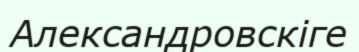
Александровскіге